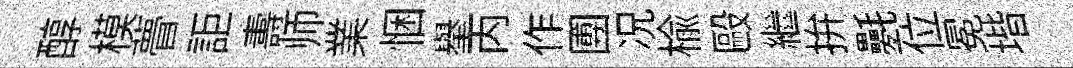
醇模瞢詎夀师業悃舉丙作圑况楡毆繼拚氎位冕堦